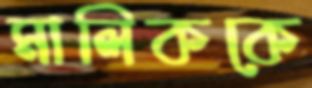
মালিককে